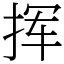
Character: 挥